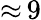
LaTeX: {\approx}\, 9